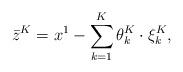
LaTeX: \begin{align*}\bar z^K=x^1-\sum_{k=1}^K\theta^K_k\cdot\xi^K_k,\end{align*}